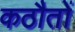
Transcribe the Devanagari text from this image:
कठौतों